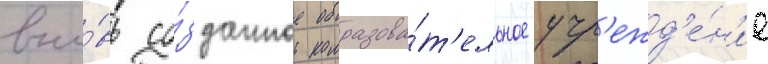
вно́вь со́зданное образова́т'ельное учр'ежд'е́н'ие